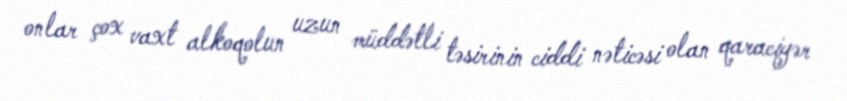
onlar çox vaxt alkoqolun uzun müddətli təsirinin ciddi nəticəsi olan qaraciyər